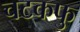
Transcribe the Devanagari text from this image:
चटकफु